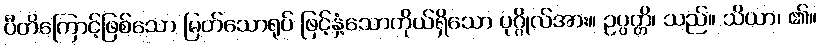
ပီတိကြောင့်ဖြစ်သော မြတ်သောရုပ် ဖြင့်နှံ့သောကိုယ်ရှိသော ပုဂ္ဂိုလ်အား။ ဥပ္ပတ္တိ၊ သည်။ သိယာ၊ ၏။